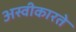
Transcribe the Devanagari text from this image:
अस्‍वीकारते